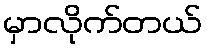
မှာလိုက်တယ်